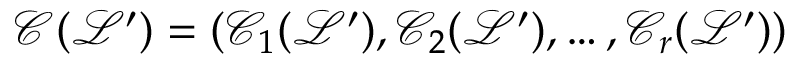
\mathcal { C } ( \mathcal { L } ^ { \prime } ) = ( \mathcal { C } _ { 1 } ( \mathcal { L } ^ { \prime } ) , \mathcal { C } _ { 2 } ( \mathcal { L } ^ { \prime } ) , \ldots , \mathcal { C } _ { r } ( \mathcal { L } ^ { \prime } ) )